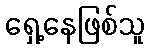
ရှေ့နေဖြစ်သူ